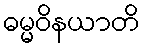
ဓမ္မဝိနယာတိ